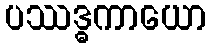
ပဿဒ္ဓကာယော